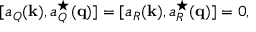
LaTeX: [ a _ { Q } ( { \bf k } ) , a _ { Q } ^ { \star } ( { \bf q } ) ] = [ a _ { R } ( { \bf k } ) , a _ { R } ^ { \star } ( { \bf q } ) ] = 0 ,